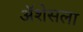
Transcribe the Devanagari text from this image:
ॲशेसला